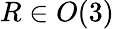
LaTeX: R\in O(3)